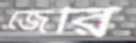
জেরি